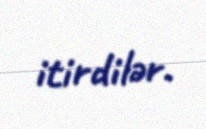
itirdilər.